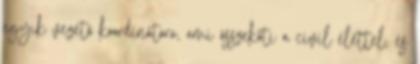
egyik vezető koordinátora, ami összeköti a civil élettel, és